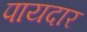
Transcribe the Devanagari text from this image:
पायदार